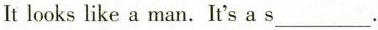
It looks like a man. It's a s___.